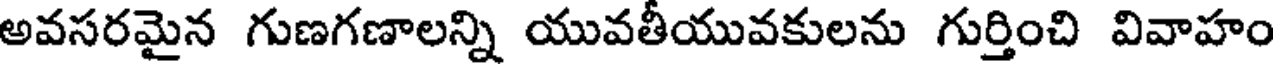
అవసరమైన గుణగణాలన్ని యువతీయువకులను గుర్తించి వివాహం